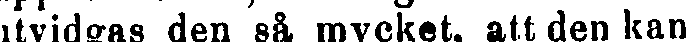
utvidgas den så mycket, att den kan